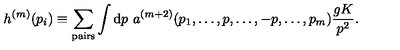
h ^ { ( m ) } ( p _ { i } ) \equiv \sum _ { \mathrm { p a i r s } } \int \mathrm { d } p \ a ^ { ( m + 2 ) } ( p _ { 1 } , \dots , p , \dots , - p , \dots , p _ { m } ) { \frac { g K } { p ^ { 2 } } } .